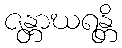
ဇန္တာဃရန္တိ